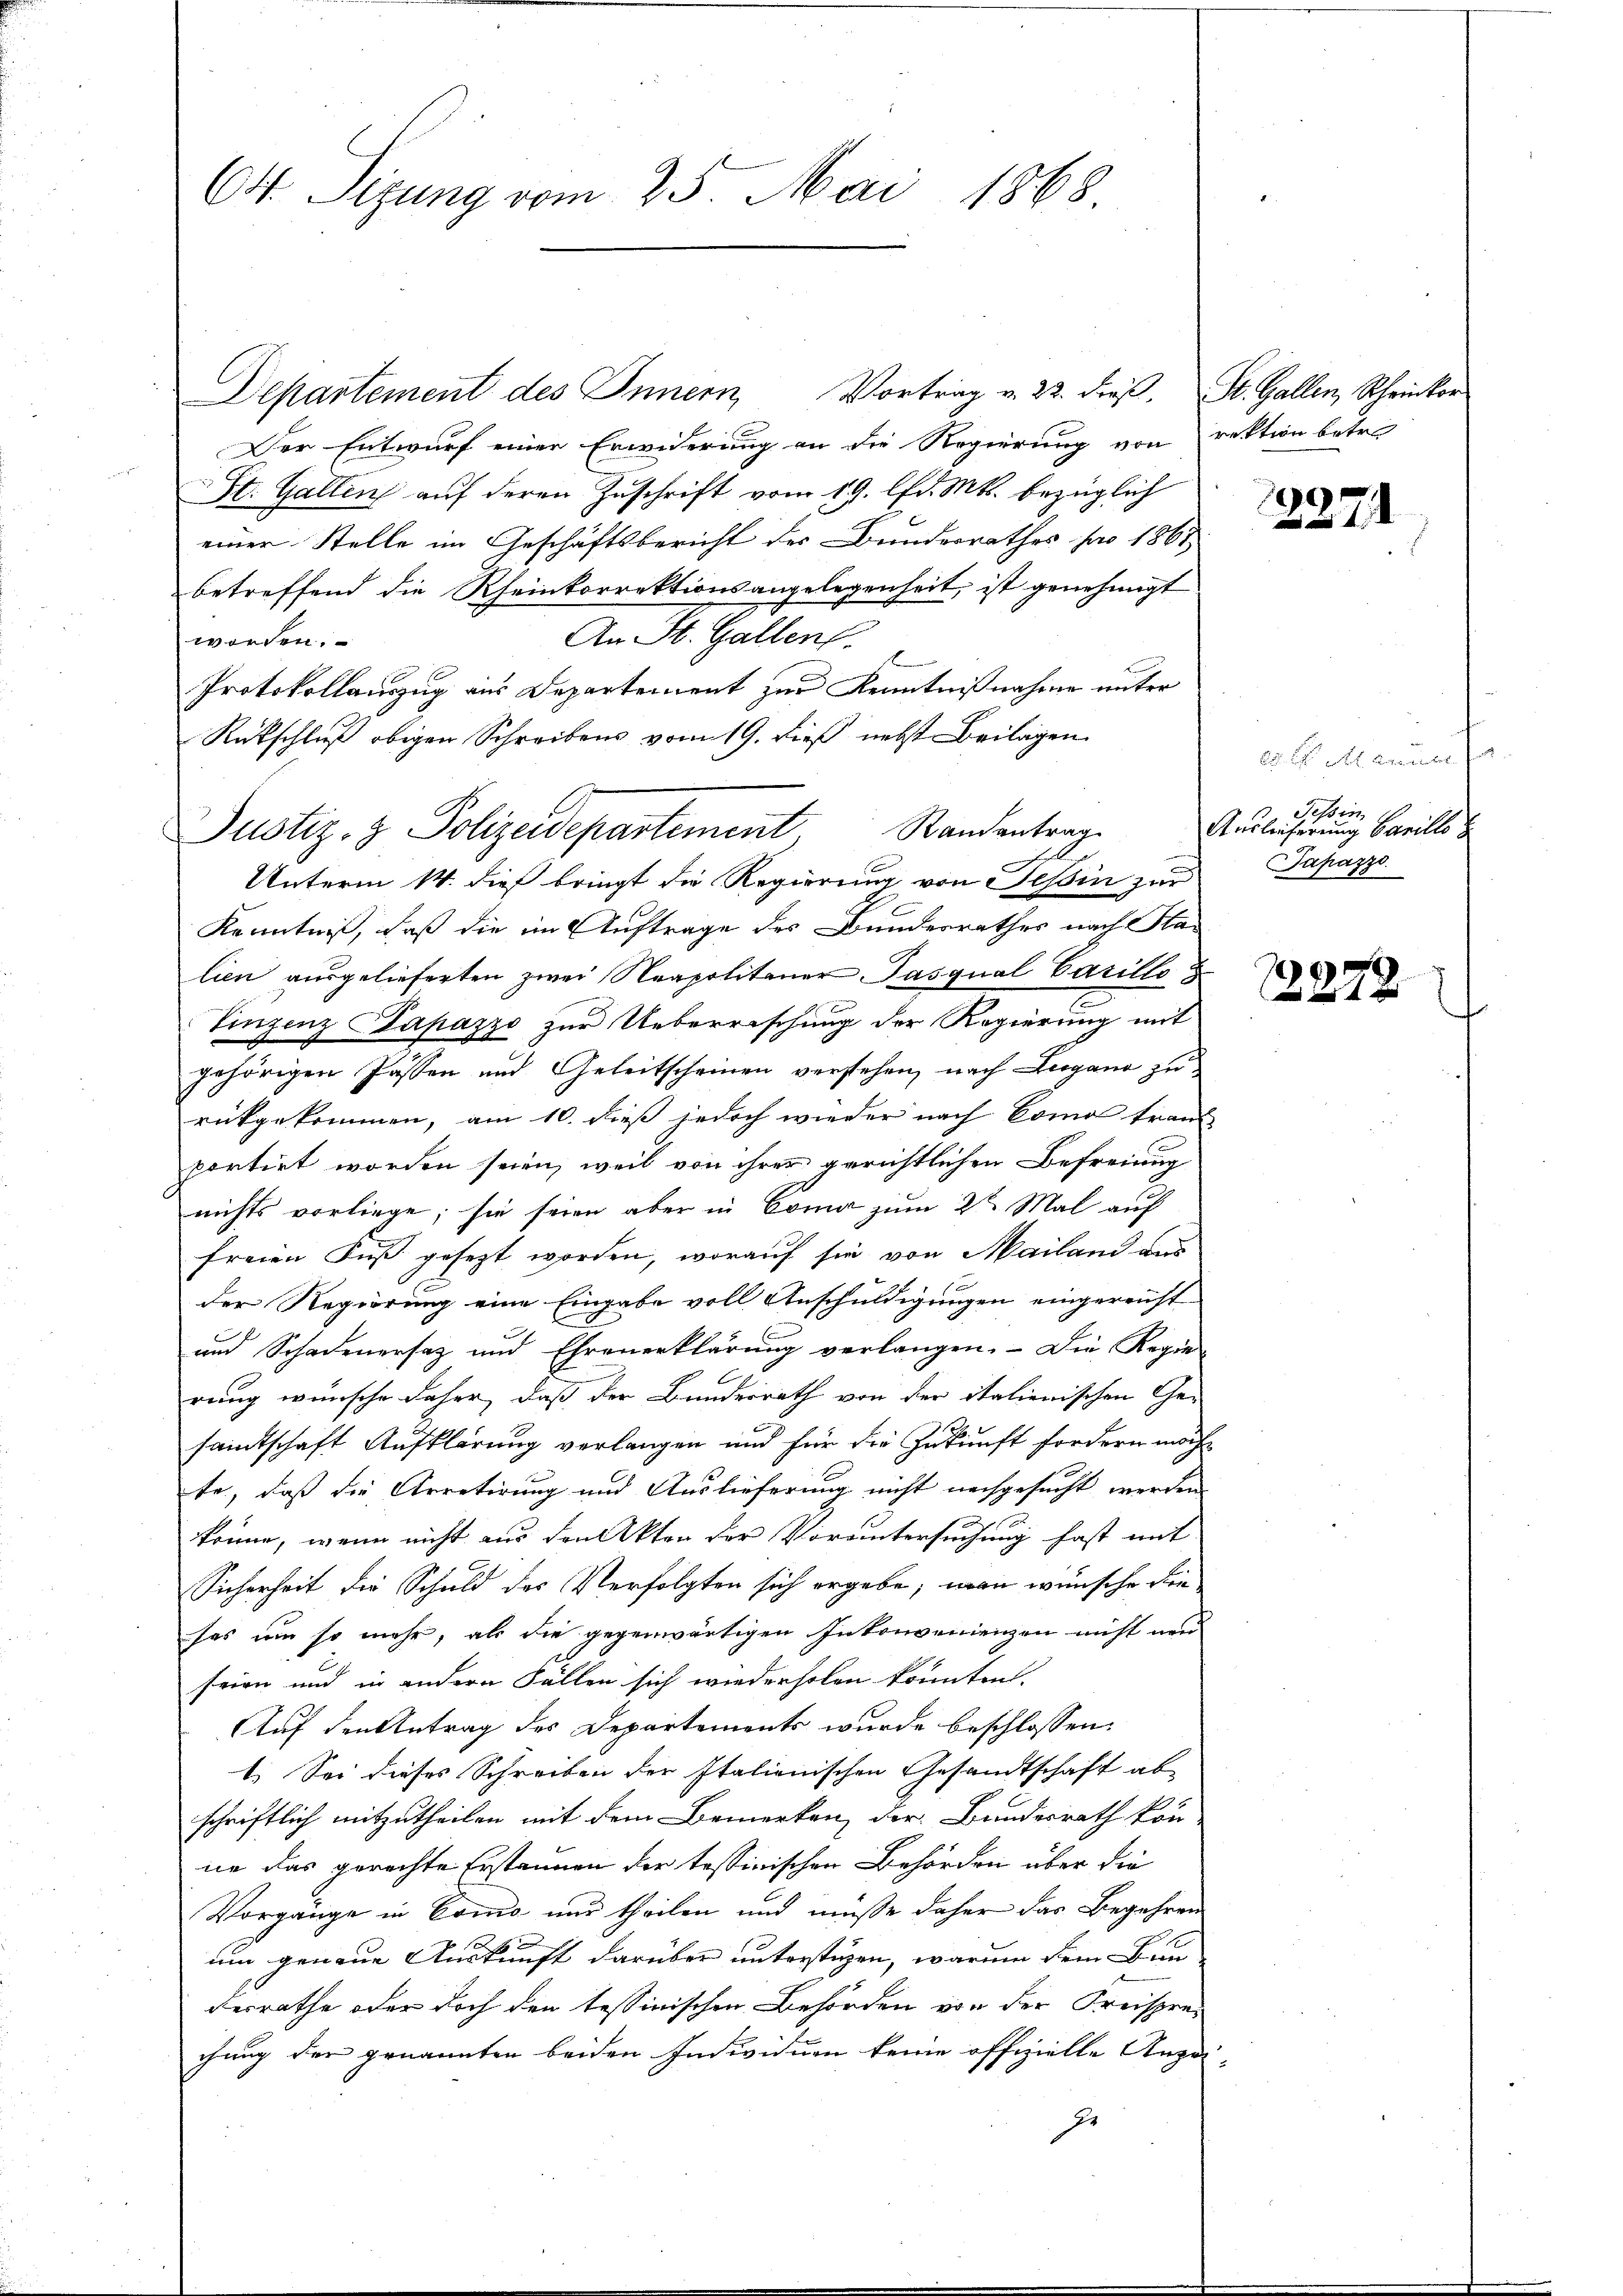
64. Sizung vom 25. Mai 1868.

Departement des Innern, Vortrag v. 22. dieβ, St. Gallen, Rheinkor
Der Entwurf einer Erwiderung an die Regierung von rektion betre
St. Gallen auf deren Zuschrift vom 19. lfd. Mts. bezüglich
einer Stelle im Geschäftsbericht des Bundesrathes pro 1861
betreffend die Rheinkorrektionsangelegenheit, ist genehmigt
An St. Gallen.
worden.
Protokollauszug aus Departement zur Kenntnißnahme unter
Rückschluß obigen Schreibens vom 19. dieß nebst Beilagen
Unterm 14. dieß bringt die Regierung von Tessin zur
Kenntniß, daß die im Auftrage des Bundesrathes nach Stalien ausgelieferten zwei Neapolitaner Pasqual Carillo
Tinzenz Papazzo zur Ueberrischung der Regierung mit
gehörigen Passen und Geleitscheinen verstehen, nach Lugano zu
rückgekommen, am 10. dieß jedoch wieder nach Como tran
portirt worden seien, weil von ihrer gerichtlichen Befreiung
nichts vorliege; sie seien aber in Como zum 2ten Mal auf
freien Fuß gesezt worden, worauf sie von Mailand aus
der Regierung eine Eingabe voll Anschuldigungen eingereicht
und Schadenersatz und Ehrenerklärung verlangen. - Die Regie-
x
rung wünsche daher, daß der Bundesrath von der italienischen Ge-
samtschaft Aufklärung verlangen und für die Zukunft fordern möcht
te, daß die Arretirung und Auslieferung nicht nachgesucht werden.
u
könne, wenn nicht aus den Akten der Voruntersuchung fast mit
Sicherheit die Schuld des Verfolgten sich ergebe, wann wünsche diesas um so mehr, als die gegenwärtigen Inkonvenienzen nicht neu
seien und in andern Fällen sich wiederholen könntent,
Auf den Antrag des Departements wurde beschlossen:
1.) Sei dieses Schreiben der Italienischen Gesandtschaft ab
schriftlich mitzutheilen mit dem Bemerken, der Bundesrath kön-
ne das gerechte Erstannen der tessinischen Behörden über die
Vorgänge in Como und theilen und müsse daher das Begehren
um genaue Auskunft darüber unterstüzen, warum dem Bunderrathe oder doch den tessinischen Behörden von der Kreisprechung der genannten beiden Individuen keine offizielle Anzei-
ge

Justiz- & Polizeidepartement Standentrage

12271

Anna
Tessin
Auslieferung Carillo S
Japazzo

12272